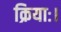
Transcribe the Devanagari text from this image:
क्रियाः।